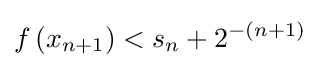
f\left(x_{n+1}\right)<s_{n}+2^{-(n+1)}